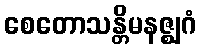
စေတောသန္တိမနဇ္ဈဂံ